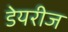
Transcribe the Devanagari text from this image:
डेयरीज